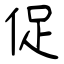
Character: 促